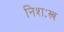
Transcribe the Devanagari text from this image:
निशःस्त्र